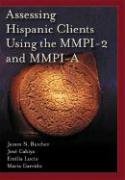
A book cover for Assessing Hispanic Clients Using the MMPI-2 and MMPI-A; James N. Butcher; Medical Books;